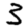
Digit: 3